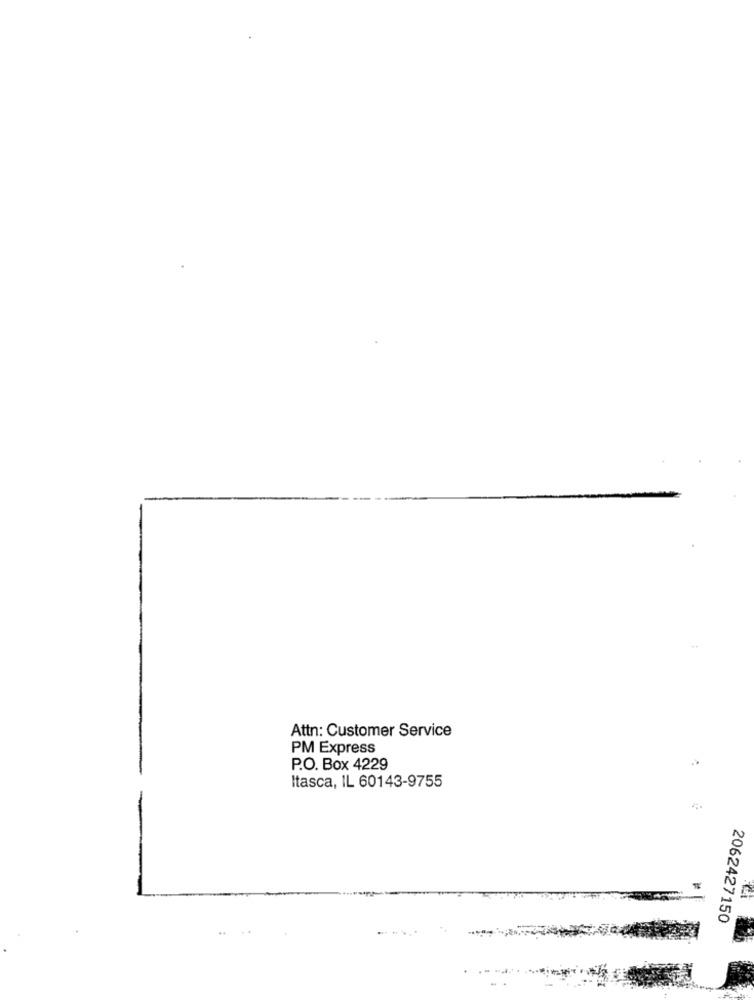
Attn: Customer Service
PM Express
P.O. Box 4229
Itasca, IL 60143-9755
2062427150